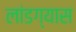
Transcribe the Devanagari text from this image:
लांडग्यास